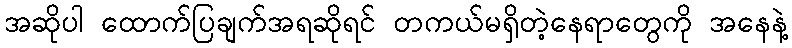
အဆိုပါ ထောက်ပြချက်အရဆိုရင် တကယ်မရှိတဲ့နေရာတွေကို အနေနဲ့